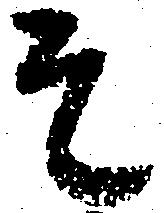
そ